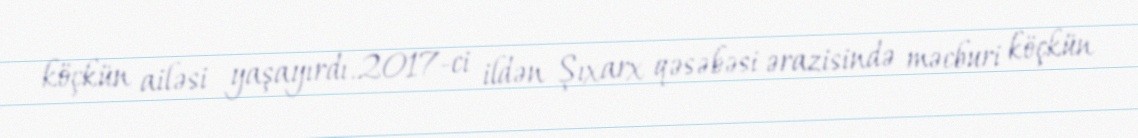
köçkün ailəsi yaşayırdı.2017-ci ildən Şıxarx qəsəbəsi ərazisində məcburi köçkün